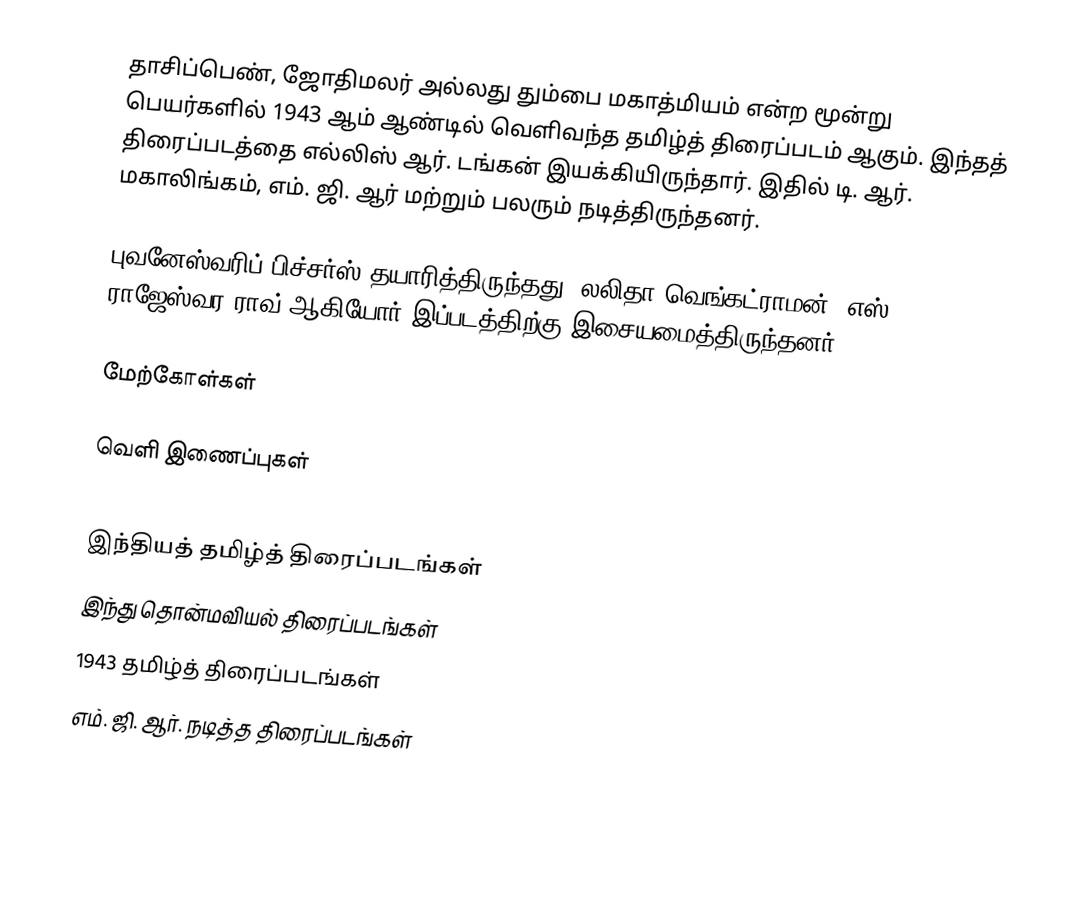
தாசிப்பெண், ஜோதிமலர் அல்லது தும்பை மகாத்மியம் என்ற மூன்று பெயர்களில் 1943 ஆம் ஆண்டில் வெளிவந்த தமிழ்த் திரைப்படம் ஆகும்.  இந்தத் திரைப்படத்தை எல்லிஸ் ஆர். டங்கன் இயக்கியிருந்தார். இதில் டி. ஆர். மகாலிங்கம், எம். ஜி. ஆர் மற்றும் பலரும் நடித்திருந்தனர்.

புவனேஸ்வரிப் பிச்சர்ஸ் தயாரித்திருந்தது. லலிதா வெங்கட்ராமன், எஸ். ராஜேஸ்வர ராவ் ஆகியோர் இப்படத்திற்கு இசையமைத்திருந்தனர்.

மேற்கோள்கள்

வெளி இணைப்புகள்

இந்தியத் தமிழ்த் திரைப்படங்கள்
இந்து தொன்மவியல் திரைப்படங்கள்
1943 தமிழ்த் திரைப்படங்கள்
எம். ஜி. ஆர். நடித்த திரைப்படங்கள்